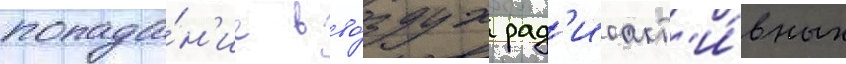
попада́н'ие в во́здух рад'иоакт'и́вных